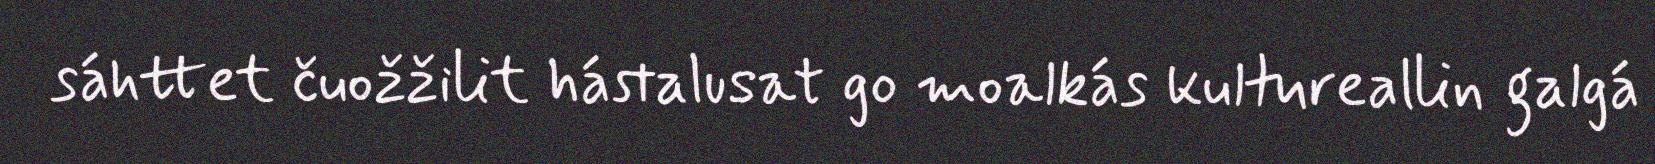
sáhttet čuožžilit hástalusat go moalkás kultureallin galgá